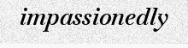
impassionedly